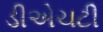
ડીએચટી